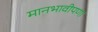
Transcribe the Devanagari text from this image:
मानभावीपणा